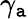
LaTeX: \gamma_{\mathtt{a}}